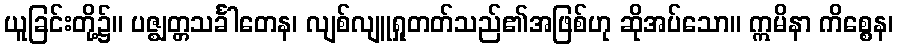
ယူခြင်းတို့၌။ ပဇ္ဈတ္တသင်္ခါတေန၊ လျစ်လျူရှုတတ်သည်၏အဖြစ်ဟု ဆိုအပ်သော။ ဣမိနာ ကိစ္စေန၊